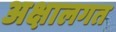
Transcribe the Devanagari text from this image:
अक्षालगत